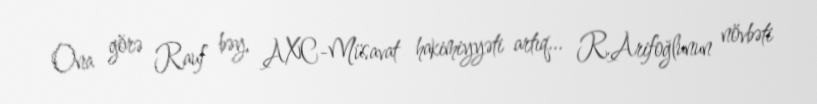
Ona görə Rauf bəy, AXC-Müsavat hakimiyyəti artıq... R.Arifoğlunun növbəti